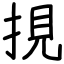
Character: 挸